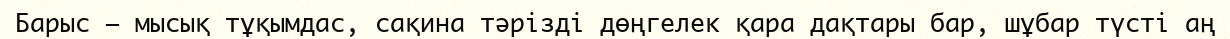
Барыс – мысық тұқымдас, сақина тәрізді дөңгелек қара дақтары бар, шұбар түсті аң